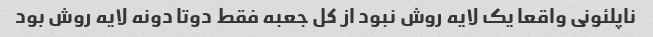
ناپلئونی واقعا یک لایه روش نبود از کل جعبه فقط دوتا دونه لایه روش بود